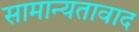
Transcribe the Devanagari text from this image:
सामान्यतावाद